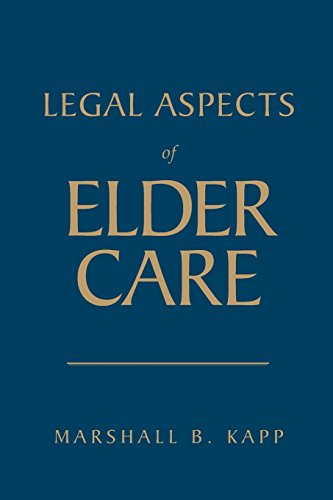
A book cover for Legal Aspects Of Elder Care; Marshall B. Kapp; Law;